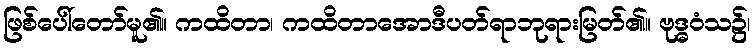
ဖြစ်ပေါ်တော်မူ၏။ ကထိတာ၊ ကထိတာအောဒီပတ်ရာဘုရားမြတ်၏။ ဗုဒ္ဓဝံသ၌၊